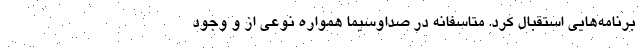
برنامه‌هایی استقبال کرد. متاسفانه در صداوسیما همواره نوعی از و وجود